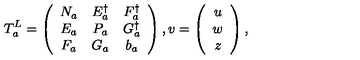
T _ { a } ^ { L } = \left( \begin{array} { c c c } { N _ { a } } & { E _ { a } ^ { \dagger } } & { F _ { a } ^ { \dagger } } \\ { E _ { a } } & { P _ { a } } & { G _ { a } ^ { \dagger } } \\ { F _ { a } } & { G _ { a } } & { b _ { a } } \\ \end{array} \right) , v = \left( \begin{array} { c } { u } \\ { w } \\ { z } \\ \end{array} \right) ,